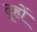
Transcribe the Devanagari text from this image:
ढूहों